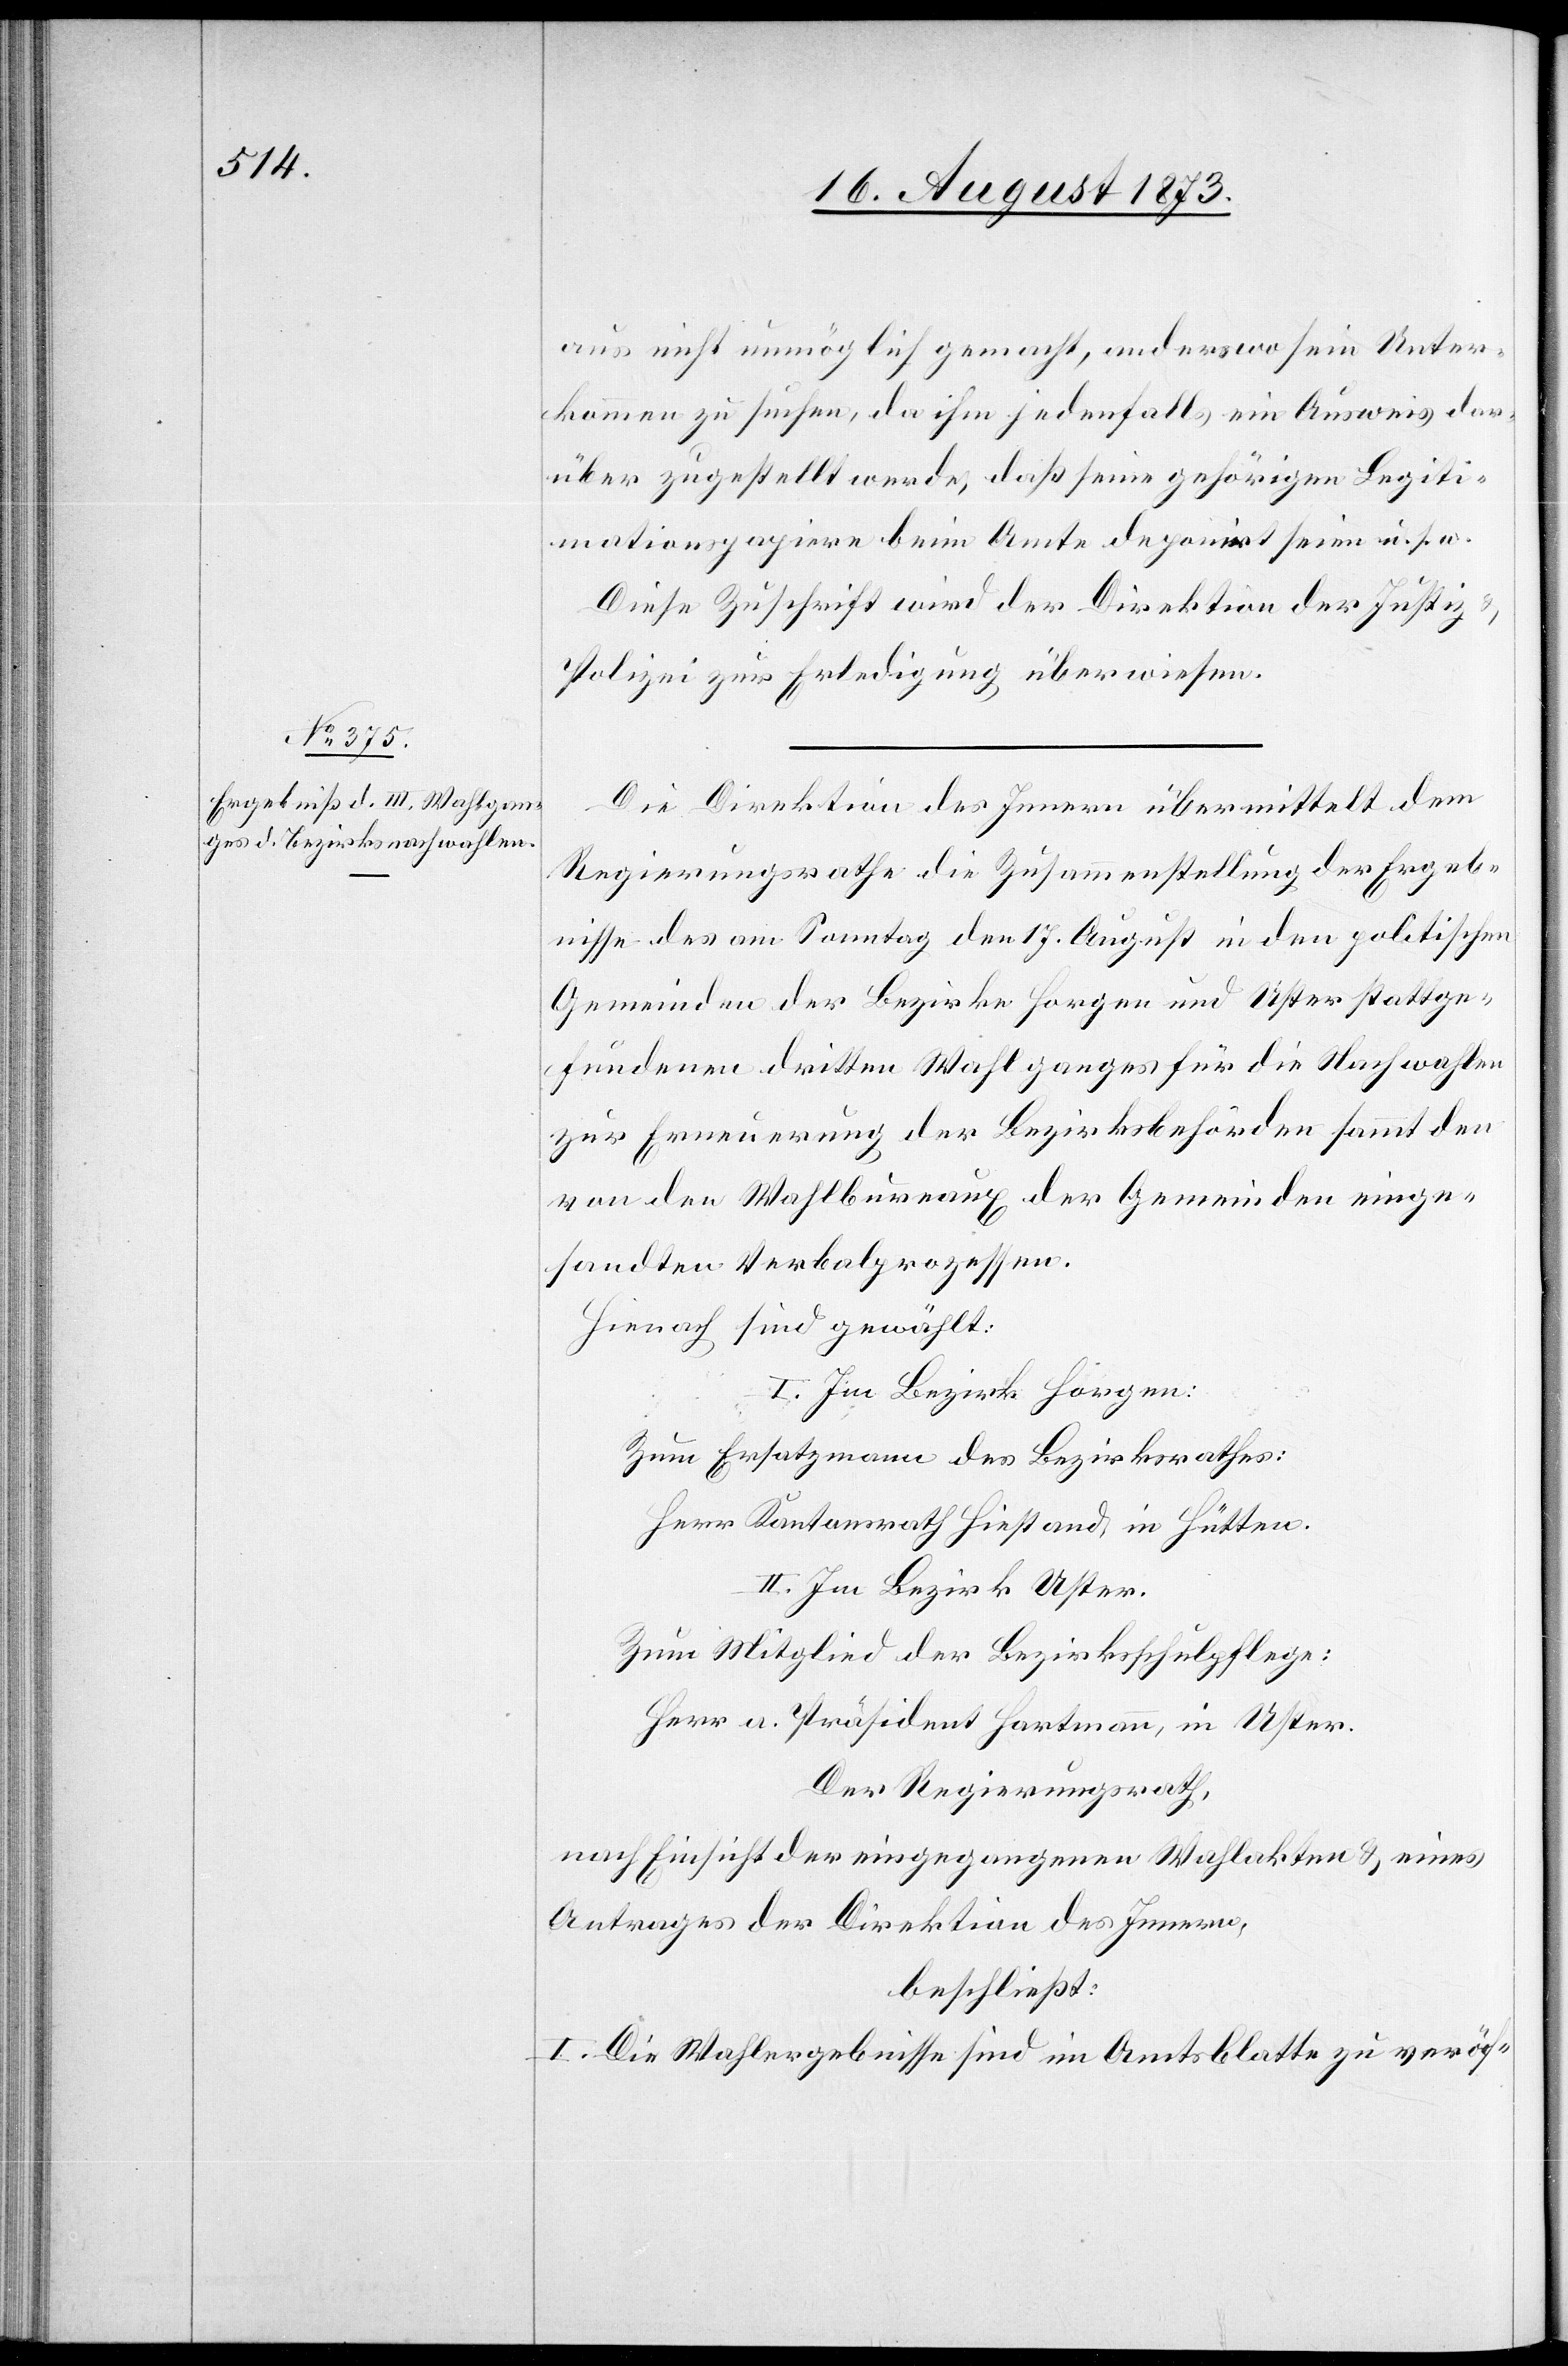
20. August 1873.]
aus nicht unmöglich gemacht, anderswo sein Unter¬
kommen zu suchen, da ihm jedenfalls ein Ausweis dar¬
über zugestellt werde, daß seine gehörigen Legiti¬
mationspapiere beim Amte deponiert seien u. s. w.
Diese Zuschrift wird der Direktion der Justiz
Polizei zur Erledigung überwiesen.
Die Direktion des Innern übermittelt dem
Regierungsrathe die Zusammenstellung der Ergeb¬
nisse des am Sonntag den 17. August in den politischen
Gemeinden der Bezirke Horgen und Uster stattge¬
fundenen dritten Wahlganges für die Nachwahlen
zur Erneuerung der Bezirksbehörden sammt den
von den Wahlbureaux der Gemeinden einge¬
sandten Verbalprozessen.
Hienach sind gewählt:
I. Im Bezirk Horgen:
Zum Ersatzmann des Bezirksrathes:
Herr Kantonsrath Hiestand, in Hütten.
II. Im Bezirk Uster.
Zum Mitglied der Bezirksschulpflege:
Herr a. Präsident Hartmann, in Uster.
Der Regierungsrath,
nach Einsicht der eingegangenen Wahlakten & eines
Antrages der Direktion des Innern,
beschließt:
I. Die Wahlergebnisse sind im Amtsblatte zu veröf-